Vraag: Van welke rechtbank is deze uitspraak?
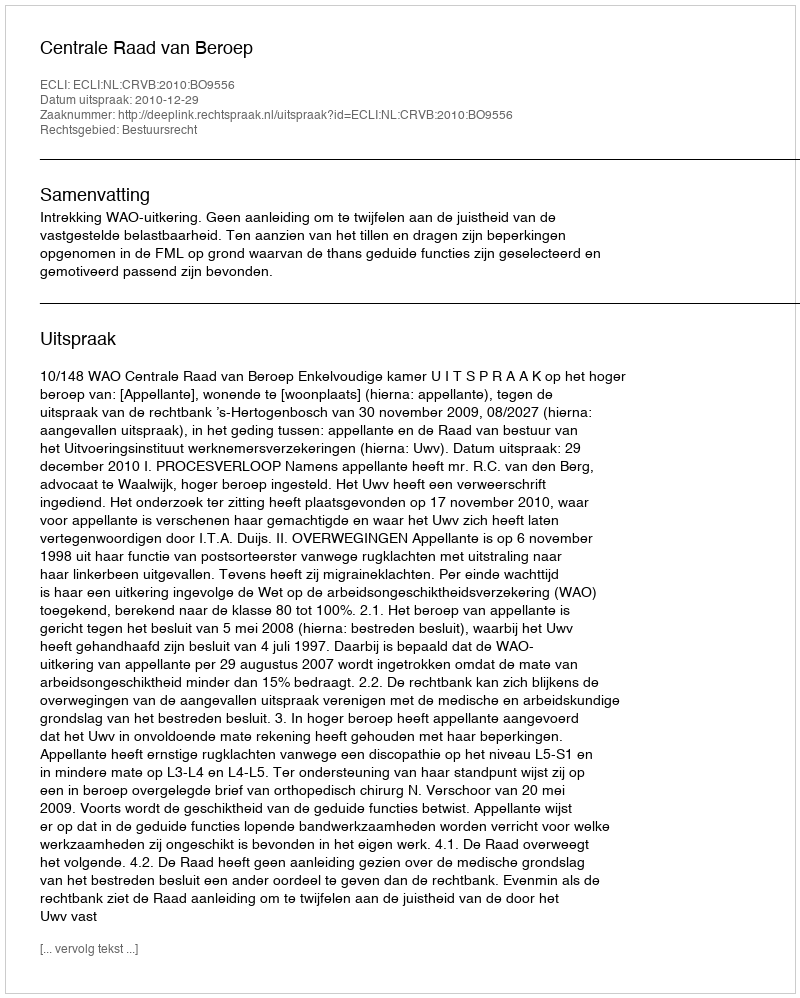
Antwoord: Centrale Raad van Beroep